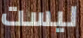
ليست